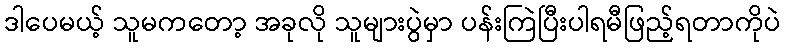
ဒါပေမယ့် သူမကတော့ အခုလို သူများပွဲမှာ ပန်းကြဲပြီးပါရမီဖြည့်ရတာကိုပဲ